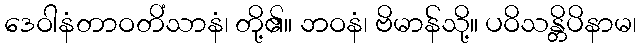
ဒေဝါနံတာဝတိံသာနံ၊ တို့၏။ ဘဝနံ၊ ဗိမာန်သို့။ ပဝိသန္တိပိနာမ၊